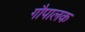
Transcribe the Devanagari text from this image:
गौपालक